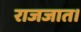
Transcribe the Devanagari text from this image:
राजजात।